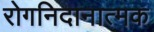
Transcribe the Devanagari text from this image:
रोगनिदानात्मक